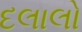
દલાલો